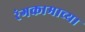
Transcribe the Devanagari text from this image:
रंगकामाच्या